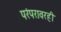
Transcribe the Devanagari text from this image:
परंपरावरही